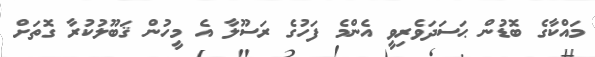
މައްކާގެ ބޮޑުން ޙަސަދަވެރިވީ އެންމެ ފަހުގެ ރަސޫލާ އެ މީހުން ޤަބޫލުކުރާ ގޮތަށް